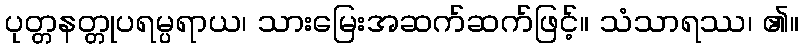
ပုတ္တနတ္တုပရမ္ပရာယ၊ သားမြေးအဆက်ဆက်ဖြင့်။ သံသာရဿ၊ ၏။